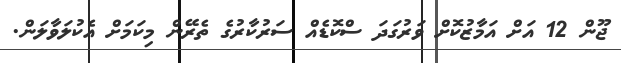
ޖޫން 12 އަށް އަމާޒުކޮށް ވަރުގަދަ ސްކޮޑެއް ސަރުކާރުގެ ތެރޭން މިކަމަށް އެކުލަވާލަން.